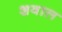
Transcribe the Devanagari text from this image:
शवाल